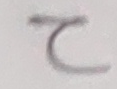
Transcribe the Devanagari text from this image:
ट